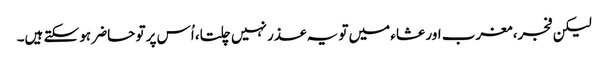
لیکن فجر، مغرب اور عشاء میں تو یہ عذر نہیں چلتا، اُس پر تو حاضر ہو سکتے ہیں۔